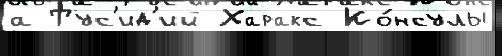
а Тус'ид'ий Харакс Ко́нсулы